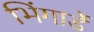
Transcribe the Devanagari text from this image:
भिंगार्डे